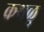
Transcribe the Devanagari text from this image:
कथळु